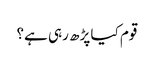
قوم کیا پڑھ رہی ہے؟